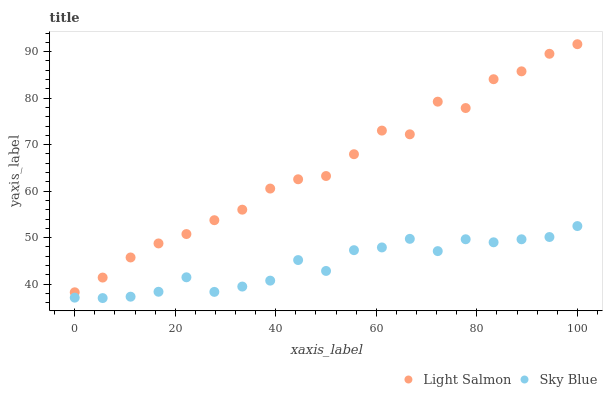
| xaxis_label | Light Salmon | Sky Blue |
 | --- | --- | --- |
 | 0 | 38.2 | 37.1 |
 | 5.56 | 41.4 | 37 |
 | 11.1 | 45.7 | 37.3 |
 | 16.7 | 48.8 | 38.4 |
 | 22.2 | 50.8 | 41.5 |
 | 27.8 | 53.7 | 38.3 |
 | 33.3 | 56 | 39.5 |
 | 38.9 | 60.6 | 40.7 |
 | 44.4 | 62.5 | 45.2 |
 | 50 | 63.2 | 42.8 |
 | 55.6 | 67.9 | 47.3 |
 | 61.1 | 73 | 47.9 |
 | 66.7 | 72.2 | 49.7 |
 | 72.2 | 79.2 | 47.1 |
 | 77.8 | 77.9 | 49.6 |
 | 83.3 | 84.1 | 49 |
 | 88.9 | 85.8 | 49.6 |
 | 94.4 | 89.5 | 50.1 |
 | 100 | 91.6 | 52.5 |